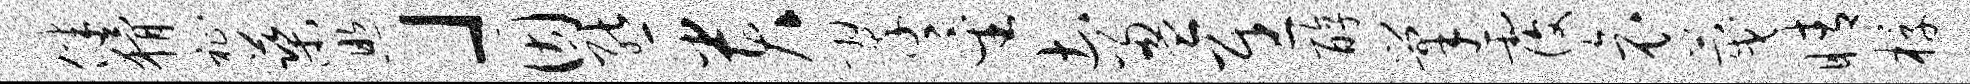
伴猾祉蕖照」因熊贵翠星土盈慰醇巢覆哀蔑睛椁